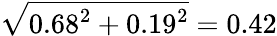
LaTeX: \sqrt{0.68^{2}+0.19^{2}}=0.42